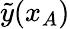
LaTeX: \tilde{y}(x_{A})